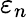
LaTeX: \varepsilon_{n}